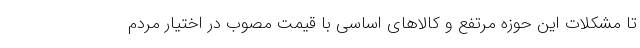
تا مشکلات این حوزه مرتفع و کالا‌های اساسی با قیمت مصوب در اختیار مردم